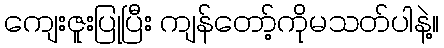
ကျေးဇူးပြုပြီး ကျန်တော့်ကိုမသတ်ပါနဲ့။